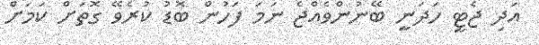
އަދި ޖެޓީ ހަަދަނީ ބޭނުންވެއްޖެ ނަމަ ފަހުން ބޮޑު ކުރެވޭ ގޮތަށް ކަމަށް